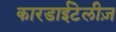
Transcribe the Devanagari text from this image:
कारडाईटेलीज़